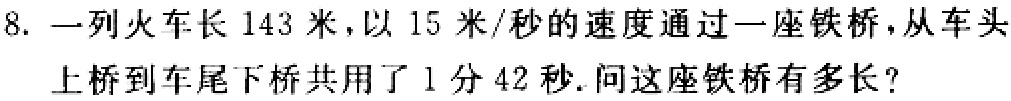
8. 一列火车长 143 米，以 15 米/秒的速度通过一座铁桥，从车头上桥到车尾下桥共用了 1 分 42 秒.问这座铁桥有多长？